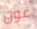
غون